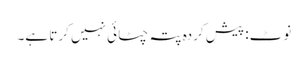
نوٹ: پیش کردہ پتہ چٹائی نہیں کرتا ہے۔